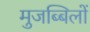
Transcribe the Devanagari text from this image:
मुजब्बिलों